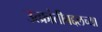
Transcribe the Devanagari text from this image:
उत्क्रांतीबद्दलच्या